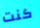
كنت